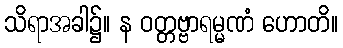
သိရာအခါ၌။ န ဝတ္တဗ္ဗာရမ္မဏံ ဟောတိ။